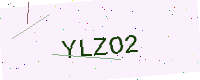
Text: YLZO2